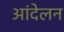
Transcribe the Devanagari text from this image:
आंदेलन